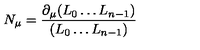
N _ { \mu } = \frac { \partial _ { \mu } ( L _ { 0 } \ldots L _ { n - 1 } ) } { ( L _ { 0 } \ldots L _ { n - 1 } ) }